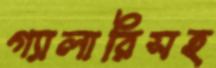
গ্যালারিসহ